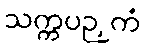
သက္ကပဉှကံ